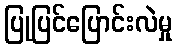
ပြုပြင်ပြောင်းလဲမှု